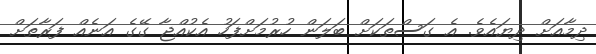
ދިމާއަށް ދިޔައެވެ. އެ ގަސްތަކަށް ބަލަން ހުރުމަށްފަހު އެކުއްޖާ ގޭގެ އަނެއް ފަރާތަށް